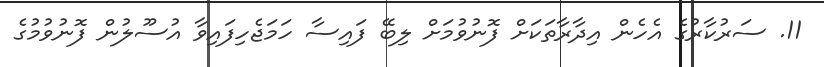
11. ސަރުކާރުގެ އެހެން އިދާރާތަކަށް ފޮނުވުމަށް ލިބޭ ފައިސާ ހަމަޖެހިފައިވާ އުސޫލުން ފޮނުވުމުގެ